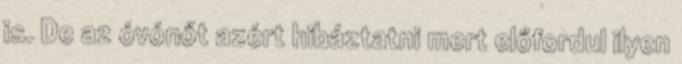
is. De az óvónőt azért hibáztatni mert előfordul ilyen